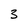
Character: 3